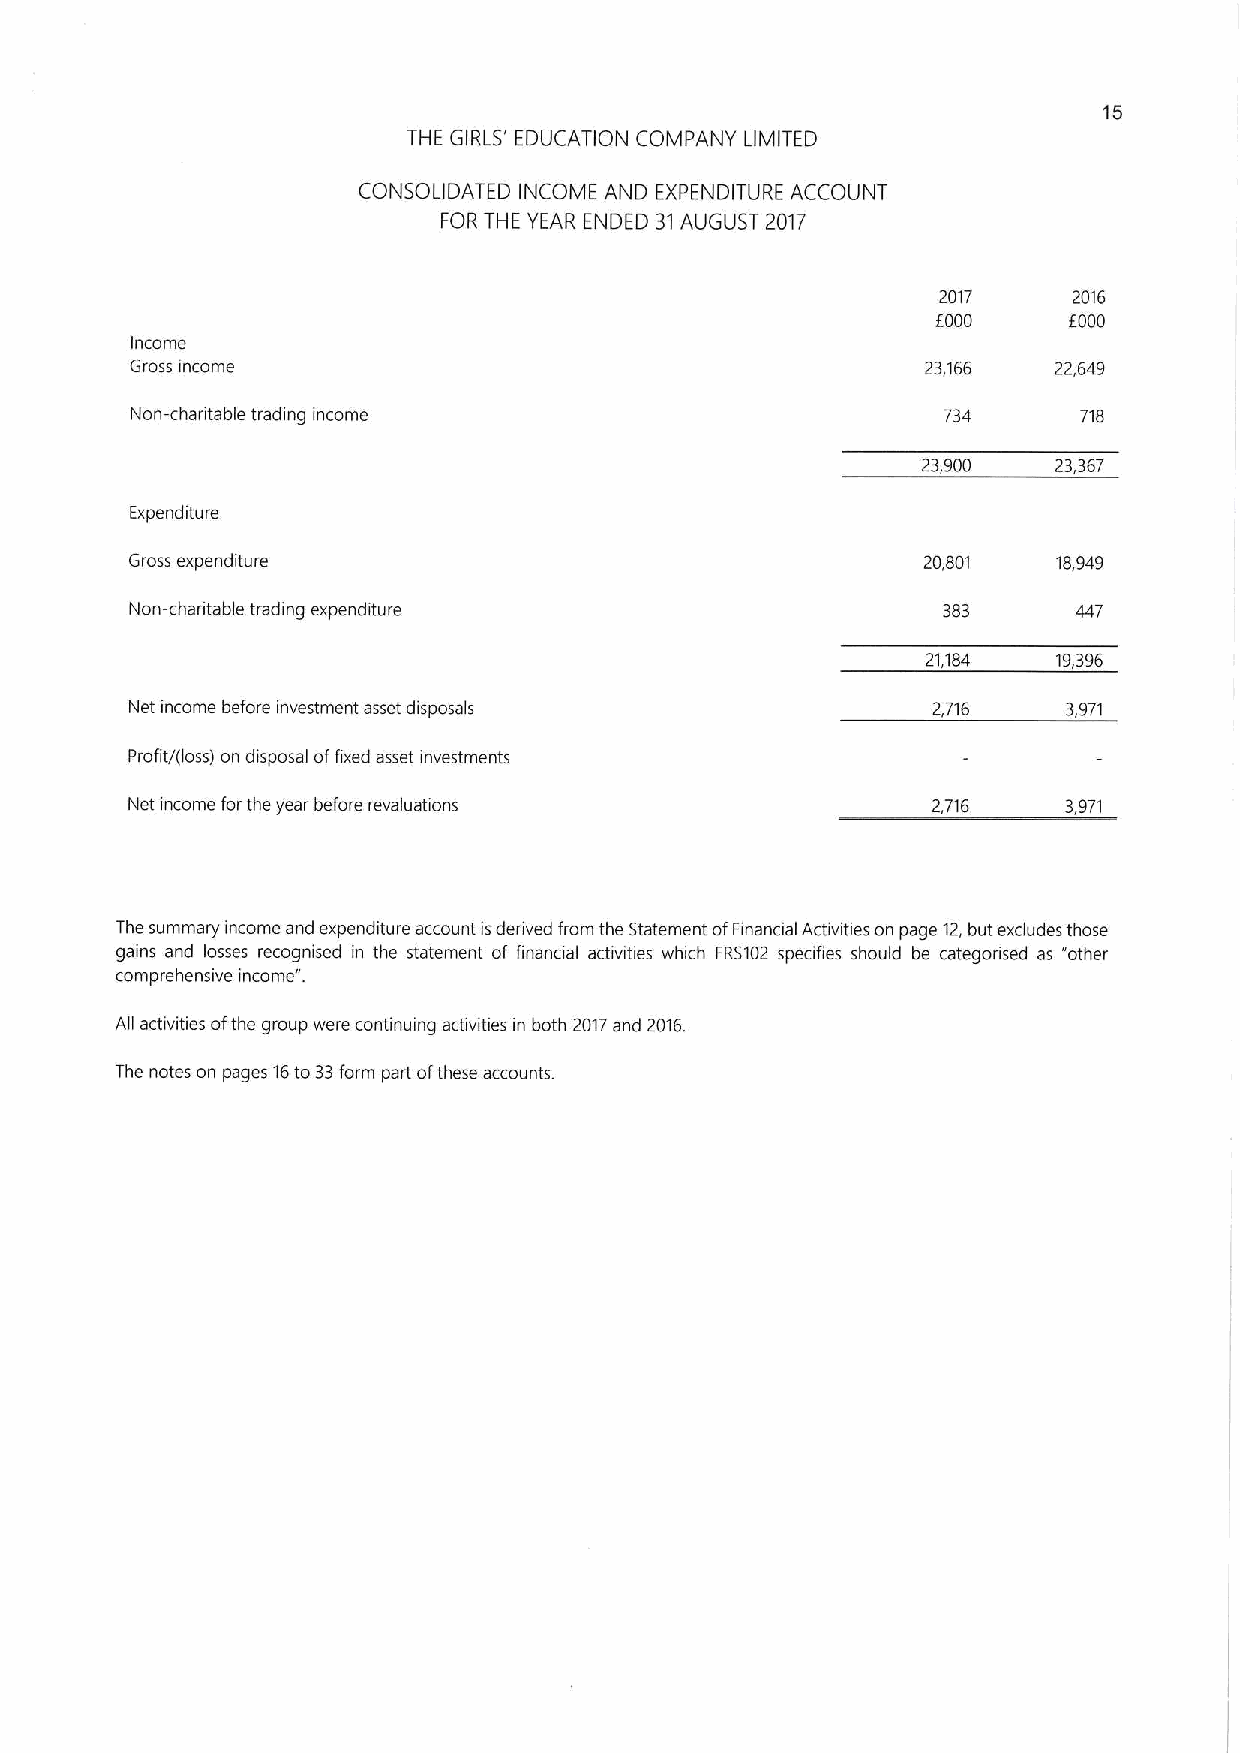
15
 THE GIRLS' EDUCATION COMPANY LIMITED
 CONSOLIDATED INCOME AND EXPENDITURE ACCOUNT
 FOR THE YEAR ENDED 31AUGUST 2017
 2017     2016
 f000     f000
 Income
 cross income                                        23,166   22,649
 Non-charitable tradmg income                         734       718
 23,900   23,367
 Expenditure
 Gross expenditure                                   20,801   18,949
 Non-chantable trading expenditure                    383      447
 21,184   1939fi
 Net income before investment asset disposals         2,716    3,971
 Profit/(loss) on disposal offixed asset investments
 Net income forthe year before revaluations            2,716    3,971
 The summary income and expenditure account is derived from the Statement ofFinancial Activities on page 12,but excludes those
 gains and losses recognised in the statement of finanaal activities which FRS102 specifies should be categorised as "other
 comprehensive income".
 All activities ofthe group were continuing activities in both 2017and 2016.
 The notes on pages 16to 33form part ofthese accounts.